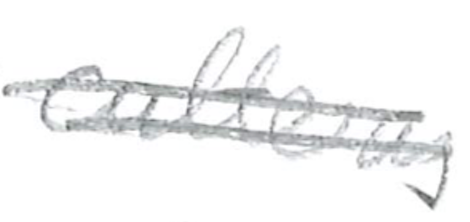
Text: as
Cross-out: double-line
Writing tool: pencil